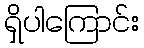
ရှိပါကြောင်း